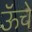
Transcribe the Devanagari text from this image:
ऊॅचे